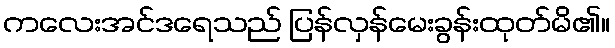
ကလေးအင်ဒရေသည် ပြန်လှန်မေးခွန်းထုတ်မိ၏။